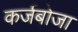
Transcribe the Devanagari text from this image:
कर्जबोजा